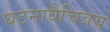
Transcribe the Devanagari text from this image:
घटनावैचित्रय